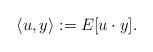
LaTeX: \begin{align*}\langle u,y\rangle := E[u\cdot y].\end{align*}